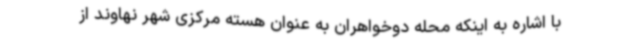
با اشاره به اینکه محله دوخواهران به عنوان هسته مرکزی شهر نهاوند از